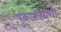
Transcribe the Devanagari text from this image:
पुकारल्याची